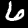
Digit: 6